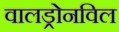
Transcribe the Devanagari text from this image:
वालड्रोनविल